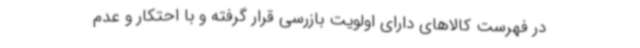
در فهرست کالاهای دارای اولویت بازرسی قرار گرفته و با احتکار و عدم